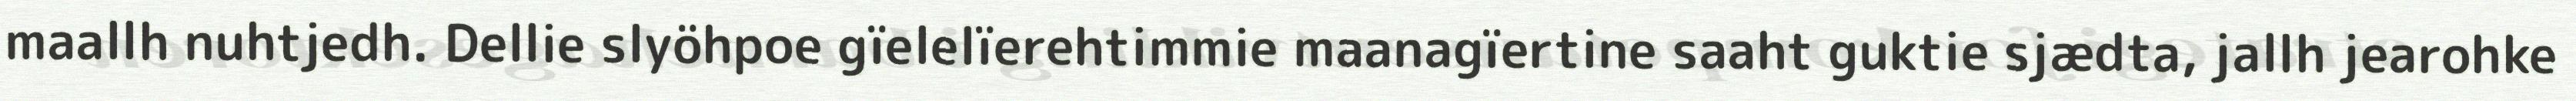
maallh nuhtjedh. Dellie slyöhpoe gïelelïerehtimmie maanagïertine saaht guktie sjædta, jallh jearohke